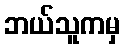
ဘယ်သူကမှ